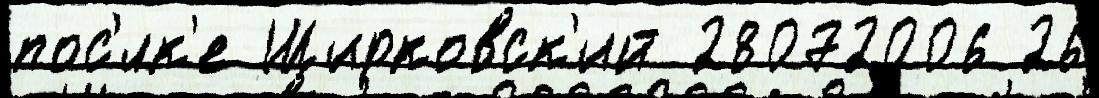
пос'́лк'е Ширковск'ий 28072006 26